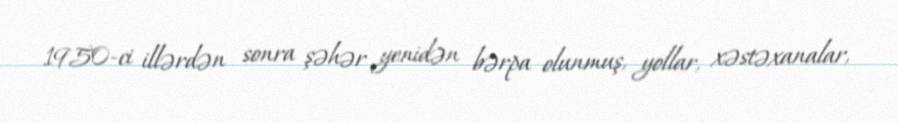
1950-ci illərdən sonra şəhər yenidən bərpa olunmuş, yollar, xəstəxanalar,